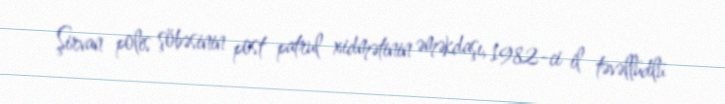
Şirvan polis şöbəsinin post patrul xidmətinin əməkdaşı, 1982-ci il təvəllüdlü